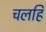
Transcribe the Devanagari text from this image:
चलहि